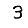
Digit: 3